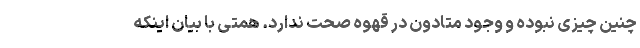
چنین چیزی نبوده و وجود متادون در قهوه صحت ندارد. همتی با بیان اینکه